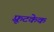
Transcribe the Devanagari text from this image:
फ़्रूटकेक